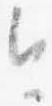
今